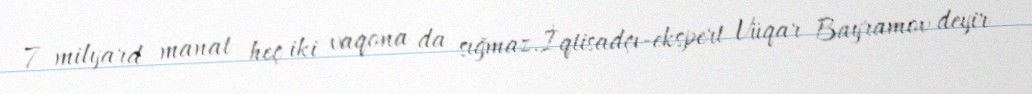
7 milyard manat heç iki vaqona da sığmaz.İqtisadçı-ekspert Vüqar Bayramov deyir